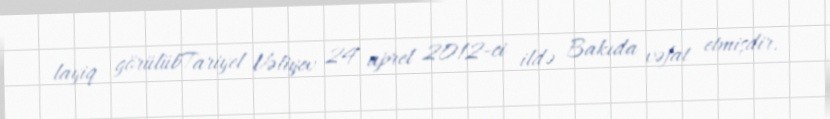
layiq görülübTariyel Vəliyev 24 aprel 2012-ci ildə Bakıda vəfat etmişdir.